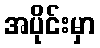
အပိုင်းမှာ